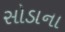
સોડાના